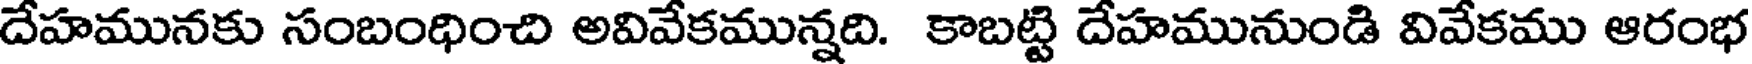
దేహమునకు సంబంధించి అవివేకమున్నది. కాబట్టి దేహమునుండి వివేకము ఆరంభ